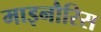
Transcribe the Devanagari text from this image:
माइनौरिस